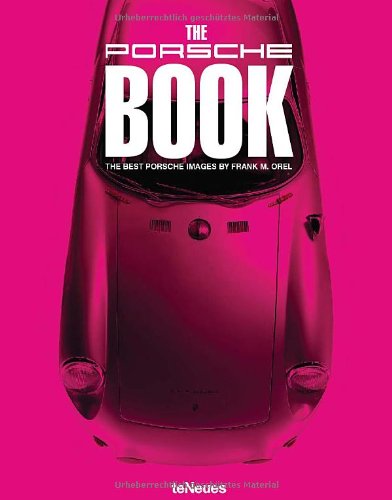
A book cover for The Porsche Book; Engineering & Transportation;